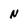
Character: N